Vaccination in the Punjab 1905-1918 - 1905-1918
Year: 1905
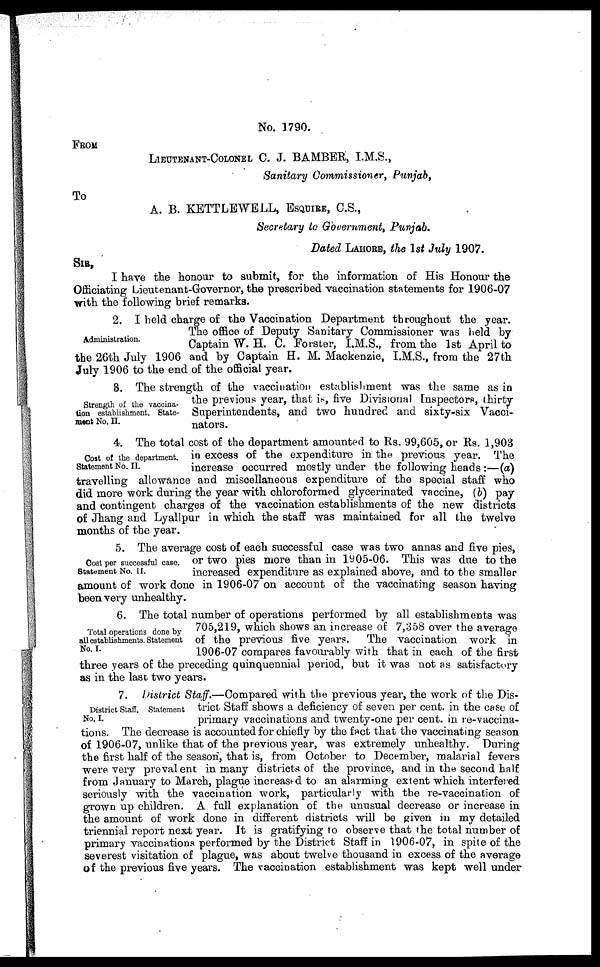
No. 1790.
FROM
LIEUTENANT-COLONEL C. J. BAMBER, I.M.S.,
Sanitary Commissioner, Punjab,
To
A. B. KETTLEWELL, ESQUIRE, C.S.,
Secretary to Government, Punjab.
Dated LAHORE, the 1st July 1907.
SIR,
I have the honour to submit, for the information of His Honour the
Officiating Lieutenant-Governor, the prescribed vaccination statements for 1906-07
with the following brief remarks.
Administration.
2. I held charge of the Vaccination Department throughout the year.
The office of Deputy Sanitary Commissioner was held by
Captain W. H. C. Forster, I.M.S., from the 1st April to
the 26th July 1906 and by Captain H. M. Mackenzie, I.M.S., from the 27th
July 1906 to the end of the official year.
Strength of the vaccina
tion establishment. State
ment No. II.
3. The strength of the vaccination establishment was the same as in
the previous year, that is, five Divisional Inspectors, thirty
Superintendents, and two hundred and sixty-six Vacci-
nators.
Cost of the department.
Statement No. II.
4.
The total cost of the department amounted to Rs. 99,605, or Rs. 1,903
in excess of the expenditure in the previous year. The
increase occurred mostly under the following heads:—(a)
travelling allowance and miscellaneous expenditure of the special staff who
did more work during the year with chloroformed glycerinated vaccine, (b) pay
and contingent charges of the vaccination establishments of the new districts
of Jhang and Lyallpur in which the staff was maintained for all the twelve
months of the year.
Cost per successful case.
Statement No. II.
5. The average cost of each successful case was two annas and five pies,
or two pies more than in 1905-06. This was due to the
increased expenditure as explained above, and to the smaller
amount of work done in 1906-07 on account of the vaccinating season having
been very unhealthy.
Total operations done by
all establishments. Statement
No. I.
6. The total number of operations performed by all establishments was
705,219, which shows an increase of 7,358 over the average
of the previous five years. The vaccination work in
1906-07 compares favourably with that in each of the first
three years of the preceding quinquennial period, but it was not as satisfactory
as in the last two years.
District Staff. Statement
No. I.
7.
District Staff.—Compared with the previous year, the work of the Dis-
trict Staff shows a deficiency of seven per cent. in the case of
primary vaccinations and twenty-one per cent. in re-vaccina-
tions. The decrease is accounted for chiefly by the fact that the vaccinating season
of 1906-07, unlike that of the previous year, was extremely unhealthy. During
the first half of the season, that is, from October to December, malarial fevers
were very prevalent in many districts of the province, and in the second half
from January to March, plague increased to an alarming extent which interfered
seriously with the vaccination work, particularly with the re-vaccination of
grown up children. A full explanation of the unusual decrease or increase in
the amount of work done in different districts will be given in my detailed
triennial report next year. It is gratifying to observe that the total number of
primary vaccinations performed by the District Staff in 1906-07, in spite of the
severest visitation of plague, was about twelve thousand in excess of the average
of the previous five years. The vaccination establishment was kept well under